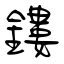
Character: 鏤